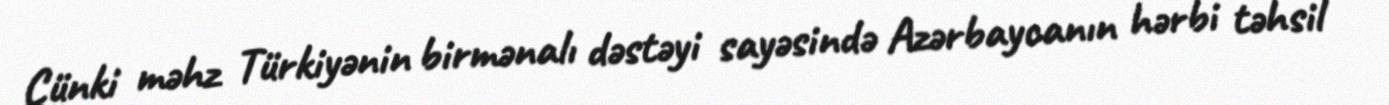
Çünki məhz Türkiyənin birmənalı dəstəyi sayəsində Azərbaycanın hərbi təhsil